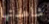
شاهدتها